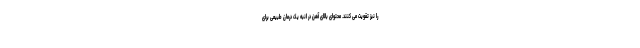
را نیز تقویت می کنند. محتوای بالای آهن در انبه یک درمان طبیعی برای